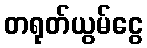
တရုတ်ယွမ်ငွေ